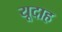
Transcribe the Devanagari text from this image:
यूदाह